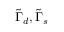
\tilde { \Gamma } _ { d } , \tilde { \Gamma } _ { s }